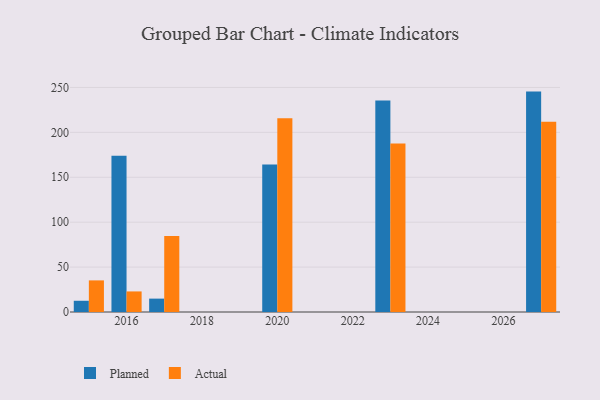
{"axis": {"x": "Year", "y": "Waste Production (Tons)"}, "legend": ["Actual", "Planned"], "data": [{"x": "2027", "y": 245.4, "type": "Planned"}, {"x": "2027", "y": 211.8, "type": "Actual"}, {"x": "2020", "y": 164.2, "type": "Planned"}, {"x": "2020", "y": 215.6, "type": "Actual"}, {"x": "2015", "y": 12.5, "type": "Planned"}, {"x": "2015", "y": 35.2, "type": "Actual"}, {"x": "2023", "y": 235.4, "type": "Planned"}, {"x": "2023", "y": 187.6, "type": "Actual"}, {"x": "2017", "y": 14.9, "type": "Planned"}, {"x": "2017", "y": 84.5, "type": "Actual"}, {"x": "2016", "y": 174.1, "type": "Planned"}, {"x": "2016", "y": 22.9, "type": "Actual"}]}